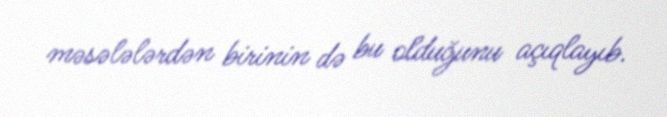
məsələlərdən birinin də bu olduğunu açıqlayıb.